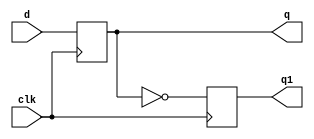
module DFlipFlop(d,clk,q, q1);
    input d; // Data input 
    input clk; // clock input 
    output q, q1; // output Q 
    
	 always @(posedge clk) 
        begin
            q <= d;
			   q1 = ~q;	
        end 
endmodule